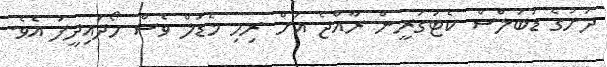
ދަށުގެ ޑަބަލްސް ކެޓަގަރީން ރާއްޖެ އަށް ރިހި މެޑަލް ވެސް ހޯދައިދީފަ އެވެ.